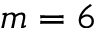
m = 6